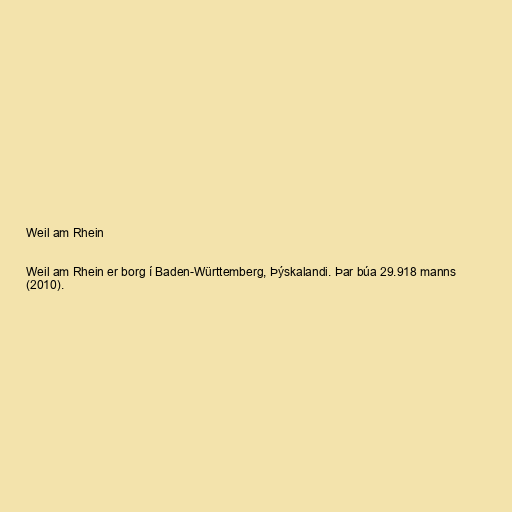
Weil am Rhein

Weil am Rhein er borg í Baden-Württemberg, Þýskalandi. Þar búa 29.918 manns
(2010).